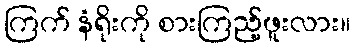
ကြက် နံရိုးကို စားကြည့်ဖူးလား။